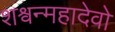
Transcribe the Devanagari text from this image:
शश्वन्महादेवो